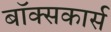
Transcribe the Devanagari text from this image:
बॉक्सकार्स